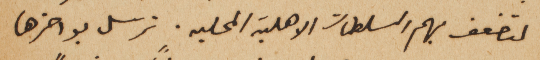
لتضعف بهم السلطات الاهلية المحليه. ترسل بواخرها